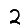
Digit: 2